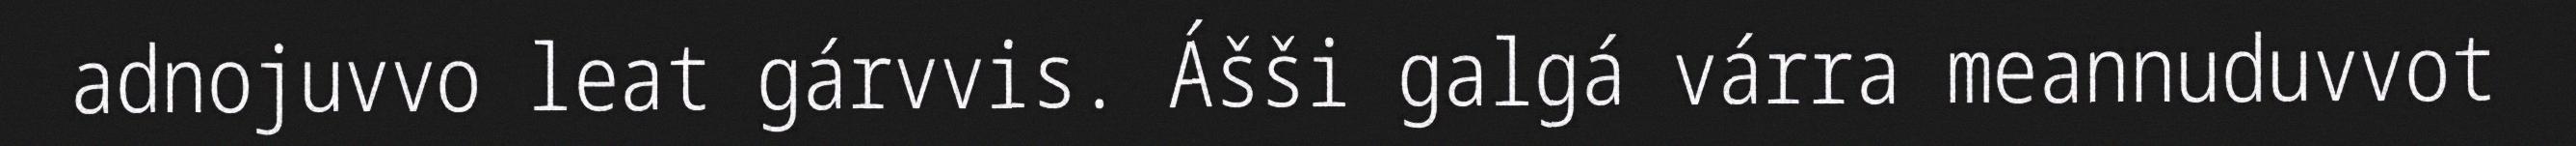
adnojuvvo leat gárvvis. Ášši galgá várra meannuduvvot